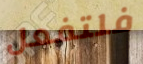
فلتفعل